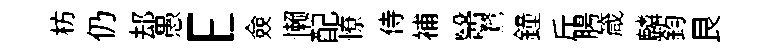
枋仍𨚫愚E僉懒配憭侍補醫鶩鐘斤腸箴麟鈞艮